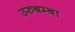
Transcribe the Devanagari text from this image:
उरुबम्बा